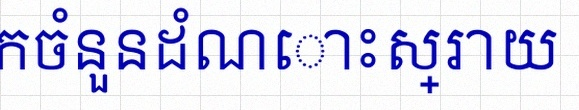
រកចំនួនដំណោះស្រាយ